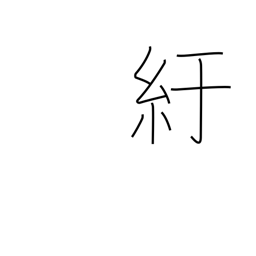
Meaning: crouch